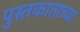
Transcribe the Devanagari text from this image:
पुस्तकाताच्या